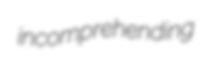
incomprehending